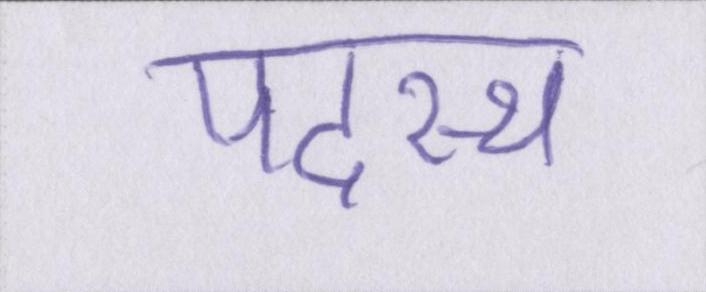
पदस्थ